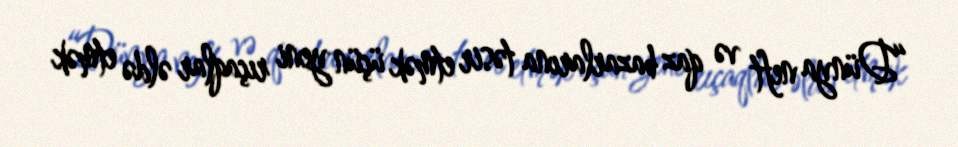
“Dünya neft və qaz bazarlarına təsir etmək üçün yeni rıçaqlar əldə etmək